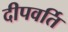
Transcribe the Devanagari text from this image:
दीपवर्ति